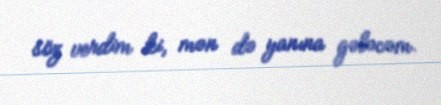
söz verdim ki, mən də yanına gələcəm.